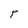
Character: r